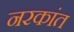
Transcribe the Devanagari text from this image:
नरकांत